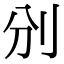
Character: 𠚼